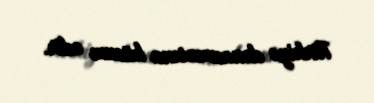
Türkiyə donanmasına hücum edir.